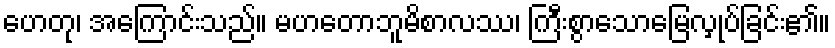
ဟေတု၊ အကြောင်းသည်။ မဟတောဘူမိစာလဿ၊ ကြီးစွာသောမြေလှုပ်ခြင်း၏။